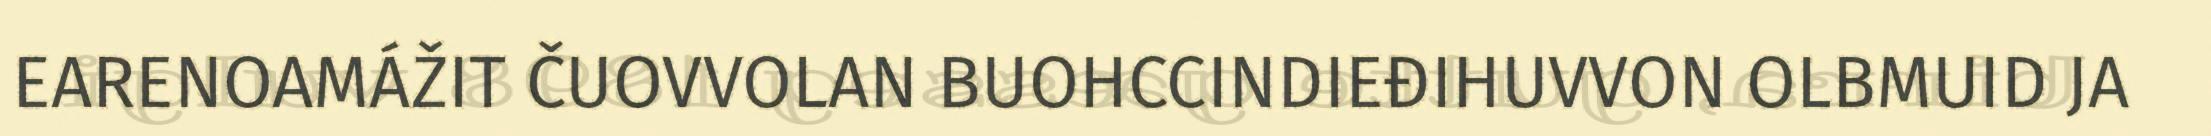
EARENOAMÁŽIT ČUOVVOLAN BUOHCCINDIEĐIHUVVON OLBMUID JA